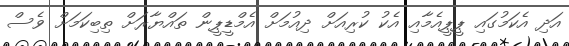
އަދި އެކަމުގައި ޕީޕީއެމާއި އެކު ކުރިއަށް ދިއުމަށް އެމްޑީޕީން ތައްޔާރަށް ތިބިކަމަށް ވެސް